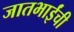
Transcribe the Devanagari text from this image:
जातभाईंची